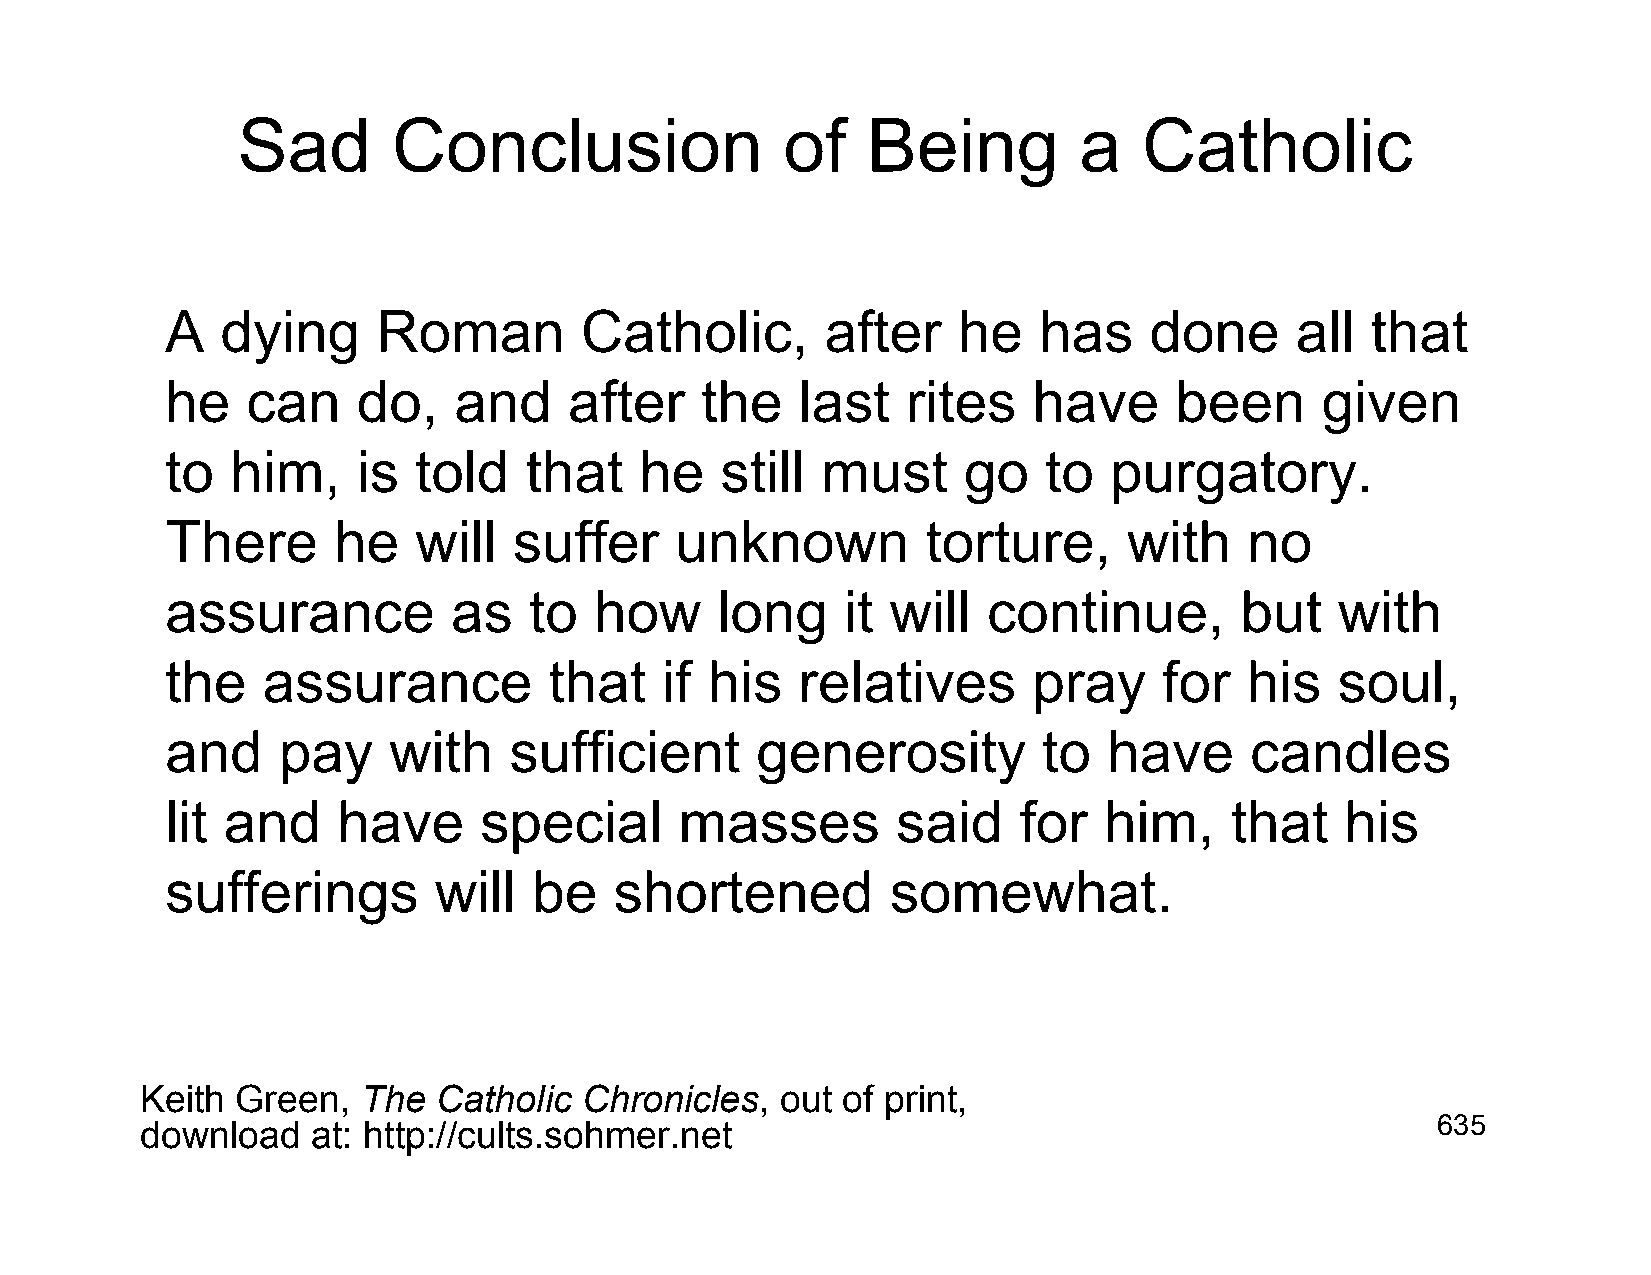
Sad       Conclusion                of   Being         a    Catholic
 A   dying     Roman        Catholic,        after   he    has    done      all  that
 he   can     do,   and     after   the    last   rites   have      been     given
 to  him,     is told    that   he    still must      go   to  purgatory.
 There      he   will   suffer     unknown         torture,      with    no
 assurance          as   to  how     long     it will  continue,        but    with
 the   assurance          that    if his   relatives      pray     for  his    soul,
 and    pay     with    sufficient      generosity         to  have      candles
 lit and    have      special      masses        said    for   him,    that    his
 sufferings        will  be    shortened         somewhat.
 Keith  Green,  The  Catholic  Chronicles,  out of print,
 download    at: http://cults.sohmer.net                                               635